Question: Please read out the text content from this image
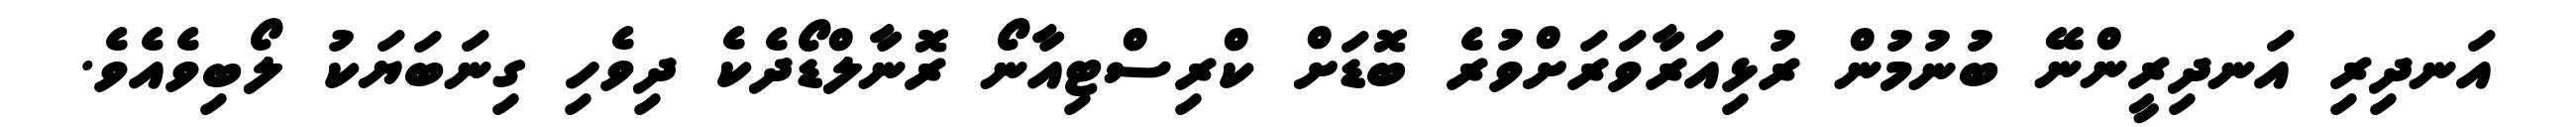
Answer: އަނދިރި އަނދިރީންނޭ ބުނުމުން ރުޅިއަރާވަރަށްވުރެ ބޮޑަށް ކްރިސްޓިއާނޯ ރޮނާލްޑޯދެކެ ދިވެހި ގިނަބަޔަކު ލޯބިވެއެވެ.